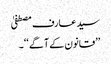
سید عارف مصطفیٰ
’’قانون کے آگے ‘‘۔